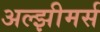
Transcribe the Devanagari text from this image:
अल्झीमर्स